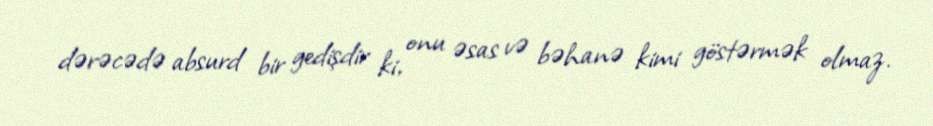
dərəcədə absurd bir gedişdir ki, onu əsas və bəhanə kimi göstərmək olmaz.